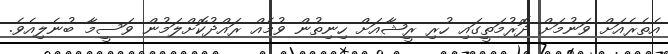
އެތެރެއަށް ވަނުމަށް ދޮރުމަތީީގައި ހުރި ރީޝާއަށްް ހިނިތުން ވުމެއް ރައްދުކޮށްލަމުން ވަސީމާ ބުނެލިއެވެ.